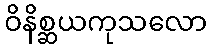
ဝိနိစ္ဆယကုသလော